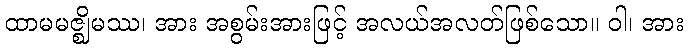
ထာမမဇ္ဈိမဿ၊ အား အစွမ်းအားဖြင့် အလယ်အလတ်ဖြစ်သော။ ဝါ၊ အား